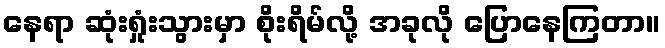
နေရာ ဆုံးရှုံးသွားမှာ စိုးရိမ်လို့ အခုလို ပြောနေကြတာ။